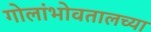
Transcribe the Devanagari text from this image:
गोलांभोवतालच्या